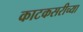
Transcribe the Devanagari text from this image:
काटकसरीच्या